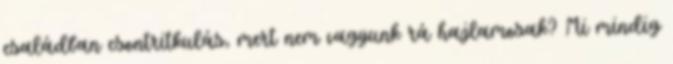
családban csontritkulás, mert nem vagyunk rá hajlamosak? Mi mindig